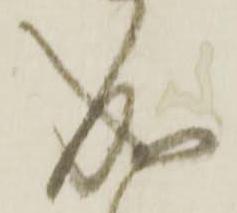
成